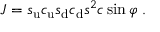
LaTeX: { \cal J } = s _ { \mathrm { u } } c _ { \mathrm { u } } s _ { \mathrm { d } } c _ { \mathrm { d } } s ^ { 2 } c \sin \varphi \; .